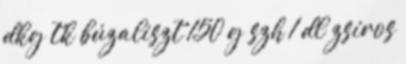
dkg tk búzaliszt 150 g szh 1 dl zsíros